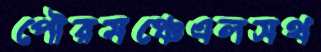
পৌরমঞ্চেএলসথ